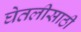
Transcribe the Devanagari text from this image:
घेतलीसाठी